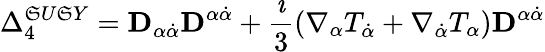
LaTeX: \Delta_{4}^{\mathfrak{S}U\mathfrak{S}Y}={\mathbf{D}}_{\alpha\dot{{\alpha}}}{\mathbf{D}}^{\alpha\dot{{\alpha}}}+\frac{{\imath}}{{3}}\left(\nabla_{\alpha}T_{\dot{{\alpha}}}+\nabla_{\dot{{\alpha}}}T_{\alpha}\right){\mathbf{D}}^{\alpha\dot{{\alpha}}}